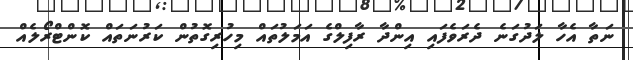
ނަތާ އެހާ ލަދުގަނެ ދެރަވެފައި އިންދާ ރާފިލްގެ އަމަލުތައް މިހުރިގޮތުން ކަރުނަތައް ކޮންޓްރޯލެއް